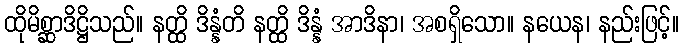
ထိုမိစ္ဆာဒိဋ္ဌိသည်။ နတ္ထိ ဒိန္နံတိ နတ္ထိ ဒိန္နံ အာဒိနာ၊ အစရှိသော။ နယေန၊ နည်းဖြင့်။